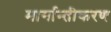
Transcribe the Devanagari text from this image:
मार्गान्तीकरण